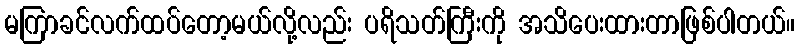
မကြာခင်လက်ထပ်တော့မယ်လို့လည်း ပရိသတ်ကြီးကို အသိပေးထားတာဖြစ်ပါတယ်။